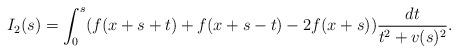
LaTeX: \begin{align*}I_2(s)&=\int_{0}^{s}(f(x+s+t)+f(x+s-t)-2f(x+s))\frac{dt}{t^2+v(s)^2}.\end{align*}